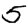
Digit: 5